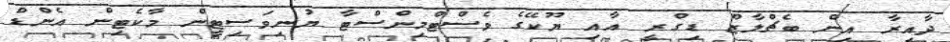
ދާއިރާ އިން ބެޗްލާޒް ޑިގްރީ އާއި ޔޫކޭގެ ވެސްޓްމިންސްޓާ ޔުނިވަސިޓީން މާކެޓިން އެންޑް